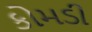
કોમડી